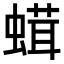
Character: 𧎣